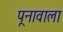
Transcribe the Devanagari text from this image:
पूनावाला